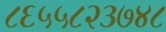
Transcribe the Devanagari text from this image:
८६५५८२३७४८